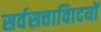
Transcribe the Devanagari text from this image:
सर्वसत्तावािदयों